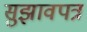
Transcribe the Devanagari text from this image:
सुझावपत्र